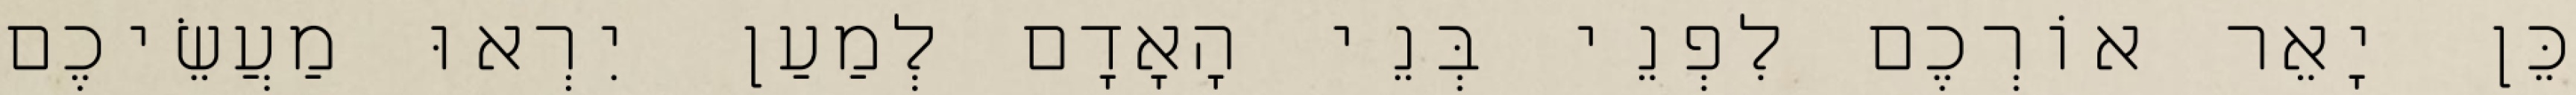
כֵּן יָאֵר אוֹרְכֶם לִפְנֵי בְּנֵי הָאָדָם לְמַעַן יִרְאוּ מַעֲשֵׂיכֶם